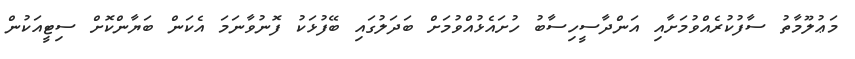
މަޢުލޫމާތު ސާފުކުރެއްވުމަށާއި އަންދާސީހިސާބު ހުށައެޅުއްވުމަށް ބަދަލުގައި ބޭފުޅަކު ފޮނުވާނަމަ އެކަން ބަޔާންކޮށް ސިޓީއަކުން